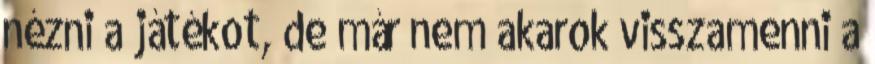
nézni a játékot, de már nem akarok visszamenni a